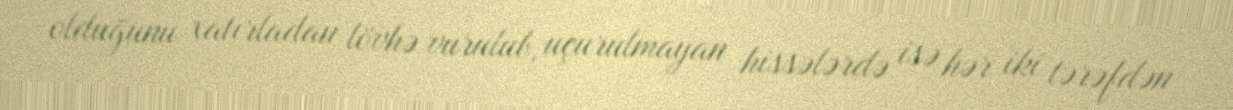
olduğunu xatırladan lövhə vurulub, uçurulmayan hissələrdə isə hər iki tərəfdən